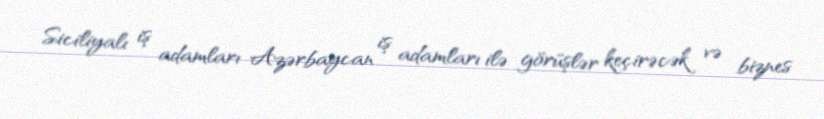
Siciliyalı iş adamları Azərbaycan iş adamları ilə görüşlər keçirəcək və biznes